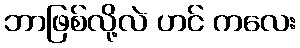
ဘာဖြစ်လို့လဲ ဟင် ကလေး